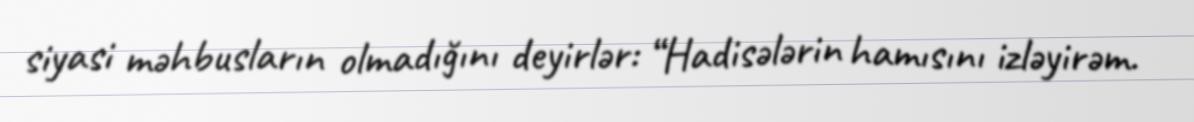
siyasi məhbusların olmadığını deyirlər: “Hadisələrin hamısını izləyirəm.